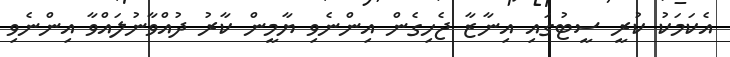
އެކަމަކު ކުރީ ސީޓުގައި އިނާޒާ ޖެހިގެން އިންނެވި ޔާމީން ކާރު ދުއްވާނުލައްވާ އިންނެވި